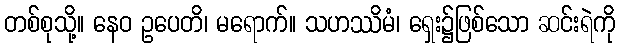
တစ်စုသို့။ နေဝ ဥပေတိ၊ မရောက်။ သဟဿိမံ၊ ရှေး၌ဖြစ်သော ဆင်းရဲကို